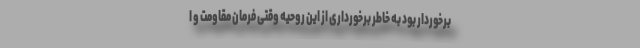
برخوردار بود به خاطر برخورداری از این روحیه وقتی فرمان مقاومت و ا